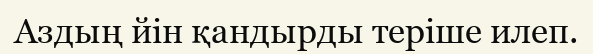
Аздың йін қандырды теріше илеп.